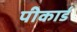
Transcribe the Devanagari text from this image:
पीकार्ड